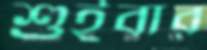
শুইবার